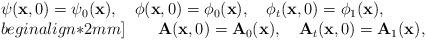
LaTeX: \begin{align*}\begin{array}{@{}l@{}}{\displaystyle \psi(\mathbf{x},0) = \psi_0(\mathbf{x}),\quad\phi(\mathbf{x},0) = \phi_0(\mathbf{x}),\quad\phi_{t}(\mathbf{x},0) = \phi_1(\mathbf{x}),}\\begin{align*}2mm]{\displaystyle \qquad\mathbf{A}(\mathbf{x},0)=\mathbf{A}_{0}(\mathbf{x}),\quad\mathbf{A}_{t}(\mathbf{x},0)=\mathbf{A}_{1}(\mathbf{x}),}\end{array}\end{align*}